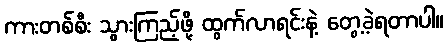
ကားတစ်စီး သွားကြည့်ဖို့ ထွက်လာရင်းနဲ့ တွေ့ခဲ့ရတာပါ။